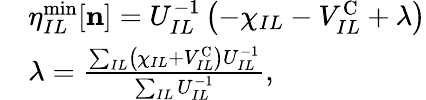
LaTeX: \begin{array}{rl}&{\eta_{IL}^{\mathrm{min}}[{\mathbf n}]=U_{IL}^{-1}\left(-\chi_{IL}-V_{IL}^{\mathrm{C}}+\lambda\right)}\\ &{\lambda=\frac{\sum_{IL}\left(\chi_{IL}+V_{IL}^{\mathrm{C}}\right)U_{IL}^{-1}}{\sum_{IL}U_{IL}^{-1}},}\end{array}